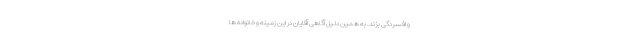
و افسردگی بزند. به همین دلیل آگاهی آقایان در این زمینه و خانواده ها